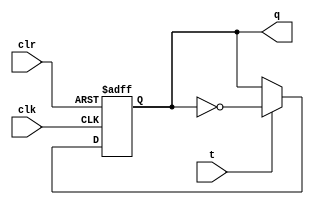

// A positive edge-triggered T-FF with an asynchronous clear.

module t_ff
	(input  t, clk, clr,
	 output reg q);
	 
	always@(posedge clk or posedge clr) begin
		if (clr)    q <= 0;
		else if (t) q <= ~ q;
		
	end
endmodule